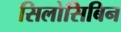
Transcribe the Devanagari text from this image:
सिलोसिबिन